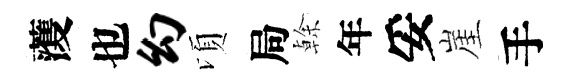
𮑮也幻頃局𠏉年妥崖手